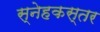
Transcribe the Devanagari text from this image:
स्नेहकस्तर